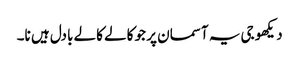
دیکھو جی یہ آسمان پر جو کالے کالے بادل ہیں نا۔